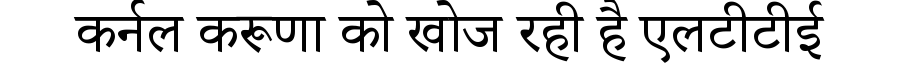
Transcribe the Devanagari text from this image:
कर्नल करूणा को खोज रही है एलटीटीई